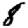
Digit: 8